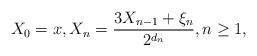
LaTeX: \begin{align*}X_0 = x,X_n = \frac{3 X_{n-1} + \xi_n}{2^{d_n}},n \geq 1,\end{align*}